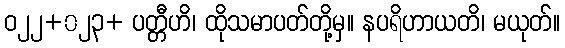
ဝ၂၂+၀၂၃+ ပတ္တီဟိ၊ ထိုသမာပတ်တို့မှ။ နပရိဟာယတိ၊ မယုတ်။